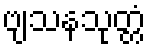
ဗျသနသုတ္တံ